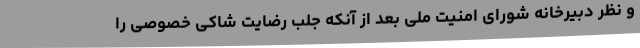
و نظر دبیرخانه شورای امنیت ملی بعد از آنکه جلب رضایت شاکی خصوصی را